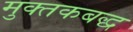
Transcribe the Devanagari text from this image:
मुक्तकबद्ध